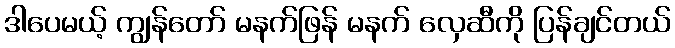
ဒါပေမယ့် ကျွန်တော် မနက်ဖြန် မနက် လှေဆီကို ပြန်ချင်တယ်